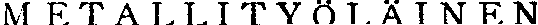
METALLITYÖLÄINEN